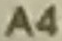
A4